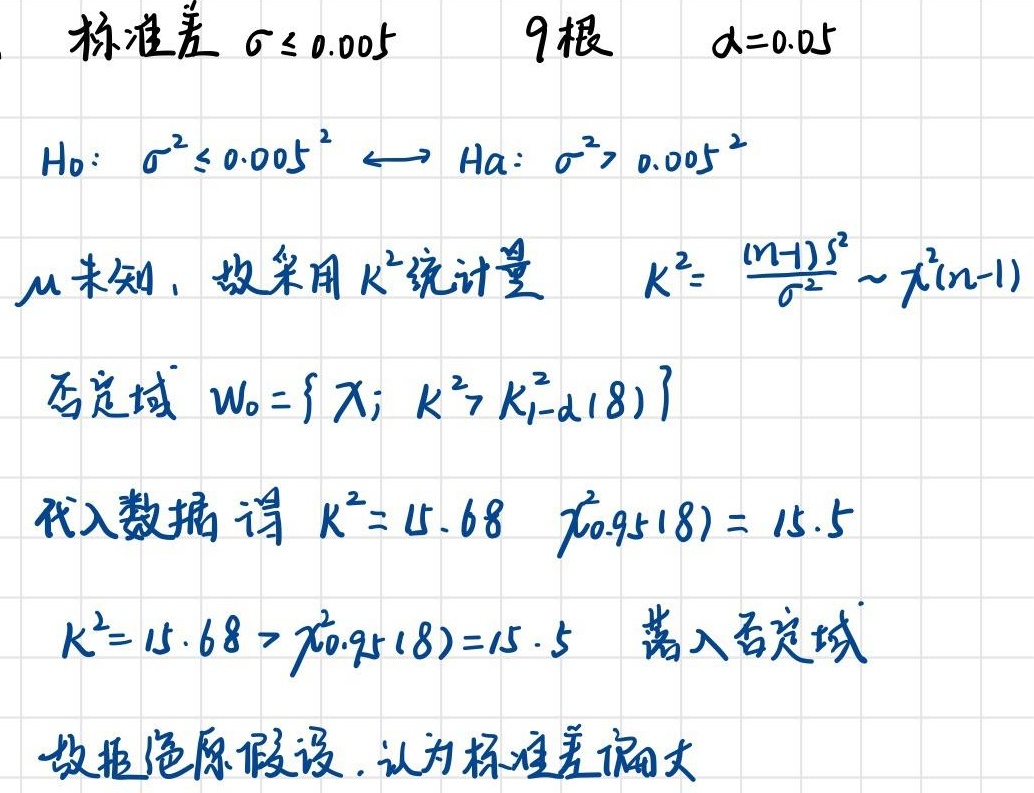
标准差 \(\sigma\leq0.005\)，\(9\)根，\(\alpha = 0.05\)。
\(H_0:\sigma^{2}\leq0.005^{2}\longleftrightarrow H_a:\sigma^{2}>0.005^{2}\)
\(\mu\)未知，故采用 \(K^{2}\) 统计量 \(K^{2}=\frac{(n - 1)S^{2}}{\sigma^{2}}\sim\chi^{2}(n - 1)\)
否定域 \(W_0=\{X;K^{2}>K_{1 - \alpha}^{2}(8)\}\)
代入数据得 \(K^{2}=15.68\)，\(\chi_{0.95}^{2}(8)=15.5\)
\(K^{2}=15.68>\chi_{0.95}^{2}(8)=15.5\)，落入否定域。
故拒绝原假设，认为标准差偏大。